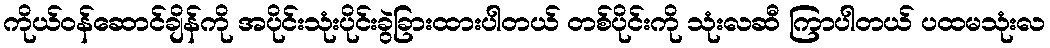
ကိုယ်ဝန်ဆောင်ချိန်ကို အပိုင်းသုံးပိုင်းခွဲခြားထားပါတယ် တစ်ပိုင်းကို သုံးလဆီ ကြာပါတယ် ပထမသုံးလ